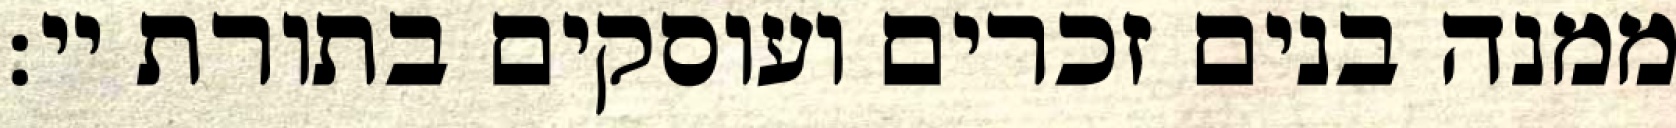
ממנה בנים זכרים ועוסקים בתורת יי: